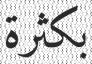
بكثرة